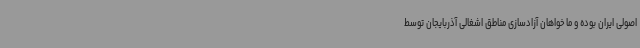
اصولی ایران بوده و ما خواهان آزادسازی مناطق اشغالی آذربایجان توسط